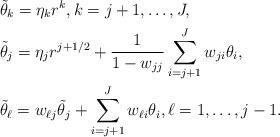
LaTeX: \begin{align*} & \tilde{\theta}_k= \eta_k r^k, k =j+1, \ldots, J, \\ &\tilde{\theta}_j = \eta_j r^{j+1/2} + \frac{1}{1-w_{jj}} \sum_{i=j+1}^J w_{ji} \theta_i, \\ & \tilde{\theta}_\ell = w_{\ell j} \tilde{\theta}_j + \sum_{i=j+1}^{J}w_{\ell i} \theta_i, \ell=1, \ldots, j-1. \end{align*}